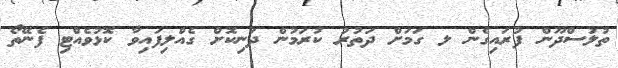
ތުލުސްދޫން ފުރައިގެން ލ ގަމަށް ދަތުރު ކުރަމުން ދަނިކޮށް ގެއްލިފައިވާ ކޮޅުވެއްޓި ފެނޭތޯ